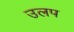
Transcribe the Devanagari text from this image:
उलप